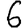
Digit: 6